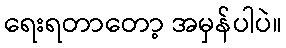
ရေးရတာတော့ အမှန်ပါပဲ။